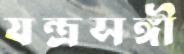
যন্ত্রসঙ্গী